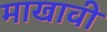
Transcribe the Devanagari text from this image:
माखावी